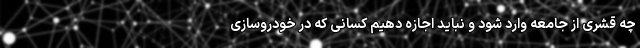
چه قشری از جامعه وارد شود و نباید اجازه دهیم کسانی که در خودروسازی